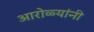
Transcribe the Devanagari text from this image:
आरोळ्यांनी